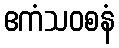
ဧကံသဝစနံ